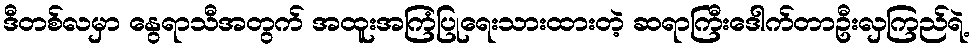
ဒီတစ်လမှာ နွေရာသီအတွက် အထူးအကြံပြုရေးသားထားတဲ့ ဆရာကြီးဒေါက်တာဦးလှကြည်ရဲ့